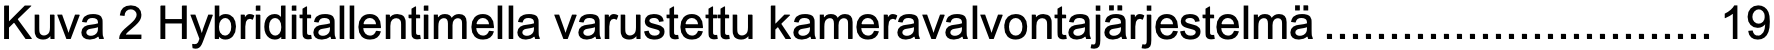
Kuva 2 Hybriditallentimella varustettu kameravalvontajärjestelmä..............................19